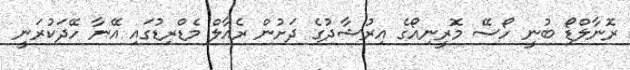
ރޮނާލްޑޯ ބުނީ ހޯސޭ މޮރީނިއޯގެ އިރުޝާދުގެ ދަށުން ރެއާލް މެޑްރިޑުގައި އޭނާ ހޭދަކުރަނީ